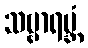
သဗ္ဗာရမ္ဘံ